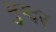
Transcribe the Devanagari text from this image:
मुग्दर